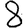
Digit: 8